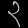
Digit: ၃